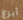
أبرع